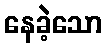
နေခဲ့သော